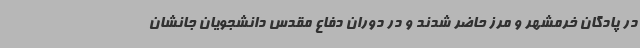
در پادگان خرمشهر و مرز حاضر شدند و در دوران دفاع مقدس دانشجویان جانشان